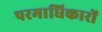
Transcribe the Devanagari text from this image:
परमाधिकारों